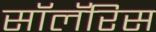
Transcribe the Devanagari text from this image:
सॉलॅरिस